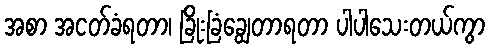
အစာ အငတ်ခံရတာ၊ ခြိုးခြံချွေတာရတာ ပါပါသေးတယ်ကွာ